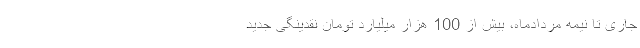
جاری تا نیمه مردادماه، بیش از 100 هزار میلیارد تومان نقدینگی جدید